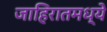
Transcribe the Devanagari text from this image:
जाहिरातमध्ये